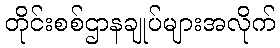
တိုင်းစစ်ဌာနချုပ်များအလိုက်